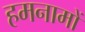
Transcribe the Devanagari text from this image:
हमनामों